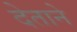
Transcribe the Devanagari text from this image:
देताने